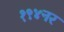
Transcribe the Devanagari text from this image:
१९४नर